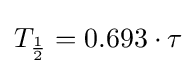
T_{\frac {1}{2}}=0.693\cdot \tau